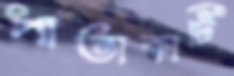
পাতাকাটি